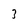
Character: 3